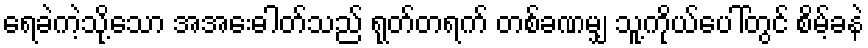
ရေခဲကဲ့သို့သော အအေးဓါတ်သည် ရုတ်တရက် တစ်ခဏမျှ သူ့ကိုယ်ပေါ်တွင် စိမ့်ခနဲ